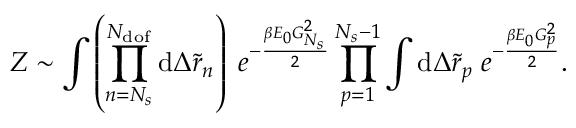
Z \sim \int { \left( \prod _ { n = N _ { s } } ^ { N _ { \mathrm { d o f } } } { \mathrm { d } \Delta \tilde { r } _ { n } } \right) \; e ^ { - \frac { \beta E _ { 0 } G _ { N _ { s } } ^ { 2 } } { 2 } } } \prod _ { p = 1 } ^ { N _ { s } - 1 } { \int { \mathrm { d } \Delta \tilde { r } _ { p } } \; e ^ { - \frac { \beta E _ { 0 } G _ { p } ^ { 2 } } { 2 } } } .